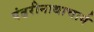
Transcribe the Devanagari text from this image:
पंढरीनाथाचार्य